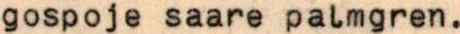
gospoje saare palmgren.